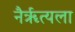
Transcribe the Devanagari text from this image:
नैर्ॠत्यला